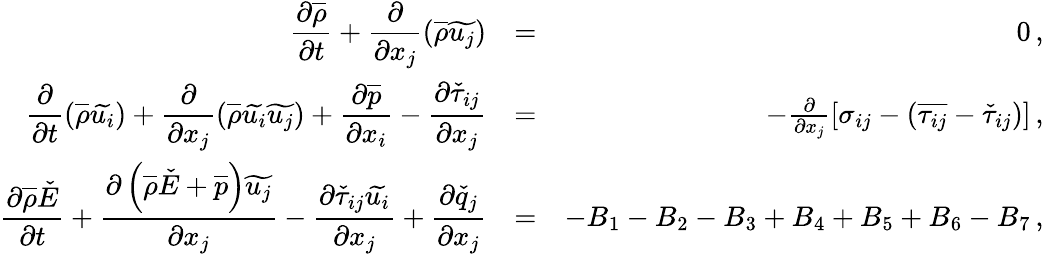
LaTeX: \begin{array}{rlr}{\displaystyle\frac{\partial\overline{{\rho}}}{\partial t}+\frac{\partial}{\partial x_{j}}\left(\overline{{\rho}}\widetilde{u_{j}}\right)}&{=}&{0\, \mathrm{,}}\\ {\displaystyle\frac{\partial}{\partial t}\left(\overline{{\rho}}\widetilde{u_{i}}\right)+\frac{\partial}{\partial x_{j}}\left(\overline{{\rho}}\widetilde{u_{i}}\widetilde{u_{j}}\right)+\frac{\partial\overline{{p}}}{\partial x_{i}}-\frac{\partial\check{\tau}_{ij}}{\partial x_{j}}}&{=}&{-\frac{\partial}{\partial x_{j}}\left[\sigma_{ij}-\left(\overline{{\tau_{ij}}}-\check{\tau}_{ij}\right)\right]\, \mathrm{,}}\\ {\displaystyle\frac{\partial\overline{{\rho}}\check{E}}{\partial t}+\frac{\partial\left(\overline{{\rho}}\check{E}+\overline{{p}}\right)\widetilde{u_{j}}}{\partial x_{j}}-\frac{\partial\check{\tau}_{ij}\widetilde{u_{i}}}{\partial x_{j}}+\frac{\partial\check{q}_{j}}{\partial x_{j}}}&{=}&{-B_{1}-B_{2}-B_{3}+B_{4}+B_{5}+B_{6}-B_{7}\, \mathrm{,}}\end{array}